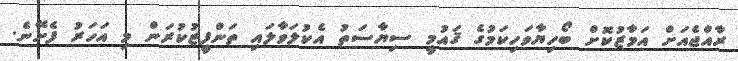
ރާއްޖެއަށް އަމާޒުކޮށް ބޯހިޔާވަހިކަމުގެ ޤައުމީ ސިޔާސަތު އެކުލަވާލައި ތަންފީޒުކުރަން މި އަހަރު ފެށޭނެ.